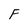
Character: F